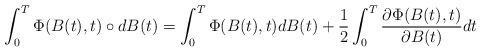
LaTeX: \begin{align*}\displaystyle \int_{0}^{T} \Phi(B(t),t)\circ dB(t)=\int_{0}^{T} \Phi(B(t),t) dB(t) + \displaystyle \frac{1}{2} \int_{0}^{T}\frac{\partial \Phi(B(t),t)}{\partial B(t)}dt\end{align*}